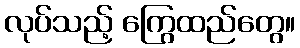
လုပ်သည့် ကြွေထည်တွေ။